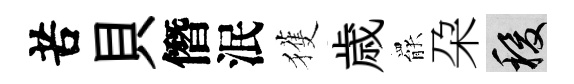
苦貝僭泯獲歳罷朶稷